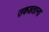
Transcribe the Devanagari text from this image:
उकडताना